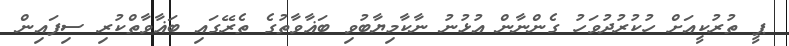
ޕީ ތުރުކީއަށް ހުކުރުދުވަހު ގެންނާން އުޅުނު ނާކާމިޔާބުވި ބަޣާވާތުގެ ތެރޭގައި ބަޣާވާތްކުރި ސިފައިން